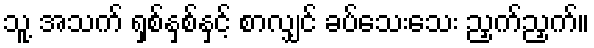
သူ့ အသက် ရှစ်နှစ်နှင့် စာလျှင် ခပ်သေးသေး ညှက်ညှက်။